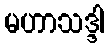
မဟာသဒ္ဒါ